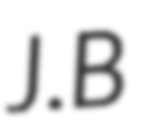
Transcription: J.B